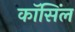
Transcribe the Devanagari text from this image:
कॉसिंल